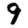
Digit: 9